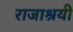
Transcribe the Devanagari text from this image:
राजाश्रयी